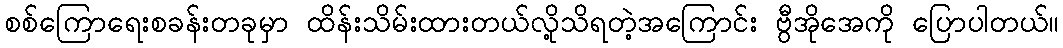
စစ်ကြောရေးစခန်းတခုမှာ ထိန်းသိမ်းထားတယ်လို့သိရတဲ့အကြောင်း ဗွီအိုအေကို ပြောပါတယ်။